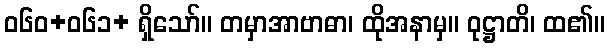
ဝ၆၀+၀၆၁+ ရှိသော်။ တမှာအာဗာဓာ၊ ထိုအနာမှ။ ဝုဋ္ဌာတိ၊ ထ၏။